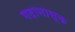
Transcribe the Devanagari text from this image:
गदानास्क